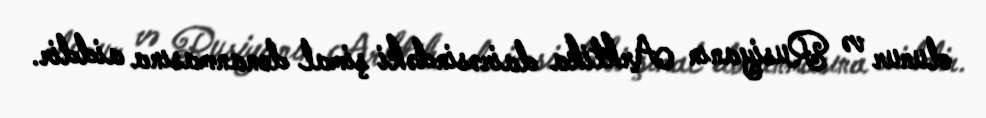
olunur və Rusiyanın Arktika dairəsindəki şimal donanmasına aiddir.